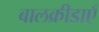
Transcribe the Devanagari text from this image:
बालक्रीडाएँ